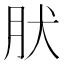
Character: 肰